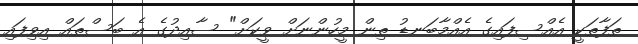
ތަފާތަކީ އެއްސިފައިގެ އެއްމާބަނޑު ތިން މީހުންނަށް ވީކަށް" ސާއިދުގެ އެ ބަސްތައް އިވިފައި